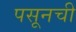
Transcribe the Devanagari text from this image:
पसूनची